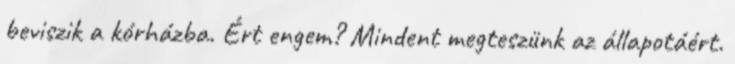
beviszik a kórházba. Ért engem? Mindent megteszünk az állapotáért.